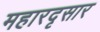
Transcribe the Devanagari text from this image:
महारदृसार